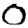
Digit: 0